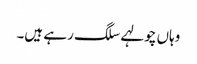
وہاں چولہے سلگ رہے ہیں۔